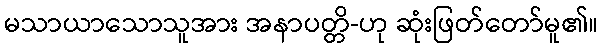
မသာယာသောသူအား အနာပတ္တိ-ဟု ဆုံးဖြတ်တော်မူ၏။